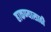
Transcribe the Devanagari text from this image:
हाकण्यासाठी